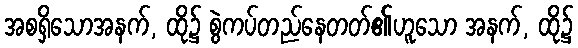
အစရှိသောအနက်, ထို၌ စွဲကပ်တည်နေတတ်၏ဟူသော အနက်, ထို၌